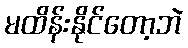
မထိန်းနိုင်တော့ဘဲ